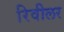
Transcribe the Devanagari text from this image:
रिवीलर